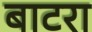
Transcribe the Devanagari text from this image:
बाटरा